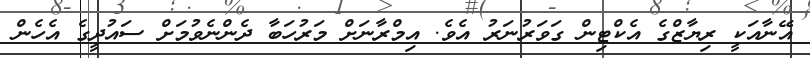
އޭނާއަކީ ރިޔާޒްގެ އެކްޓިން ގަވަރުނަރު އެވެ. އިމްރާނަށް މަރުހަބާ ދެންނެވުމަށް ސައުދީގެ އެހެން